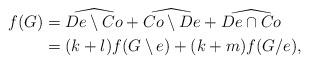
LaTeX: \begin{align*}f(G) &= \widehat{De \setminus Co}+ \widehat{Co \setminus De}+ \widehat{De \cap Co} \\&= (k+l)f(G\setminus e) + (k+m)f(G/e),\end{align*}